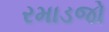
રમાડજો